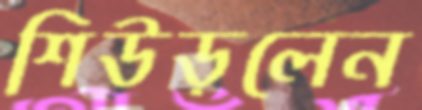
শিউড়লেন